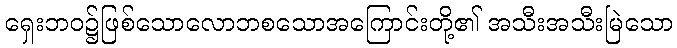
ရှေးဘဝ၌ဖြစ်သောလောဘစသောအကြောင်းတို့၏ အသီးအသီးမြဲသော